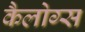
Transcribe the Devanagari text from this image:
कैलोग्स